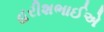
હરીશભાઈએ